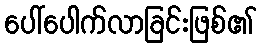
ပေါ်ပေါက်လာခြင်းဖြစ်၏